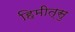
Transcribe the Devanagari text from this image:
हिमीत्सु